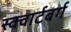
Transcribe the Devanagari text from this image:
स्क्वार्टबर्ग